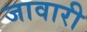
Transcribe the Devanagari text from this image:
जावारी